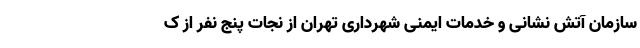
سازمان آتش نشانی و خدمات ایمنی شهرداری تهران از نجات پنج نفر از ک